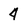
Character: 4